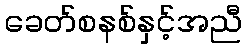
ခေတ်စနစ်နှင့်အညီ